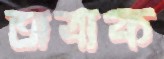
অবাক